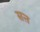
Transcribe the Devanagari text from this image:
सऩ